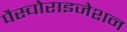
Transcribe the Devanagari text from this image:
पैस्चोराइजेशन